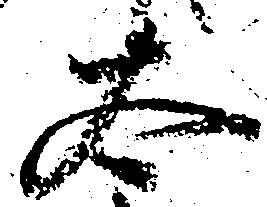
太